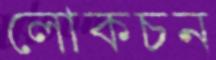
লোকচন